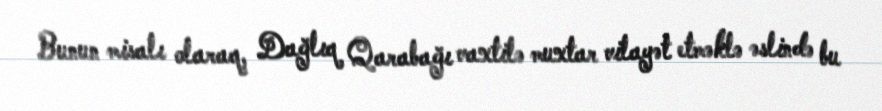
Bunun misalı olaraq, Dağlıq Qarabağı vaxtilə muxtar vilayət etməklə əslində bu